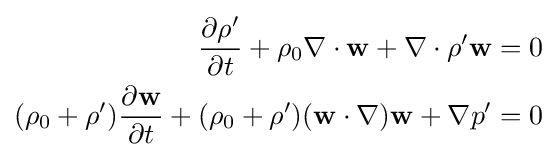
{\begin{aligned}{\frac {\partial \rho '}{\partial t}}+\rho _{0}\nabla \cdot \mathbf {w} +\nabla \cdot \rho '\mathbf {w} &=0\\(\rho _{0}+\rho '){\frac {\partial \mathbf {w} }{\partial t}}+(\rho _{0}+\rho ')(\mathbf {w} \cdot \nabla )\mathbf {w} +\nabla p'&=0\end{aligned}}